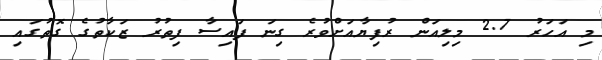
މި އަހަރު 2.7 މިލިއަން ރުފިޔާއަށްވުރެ ގިނަ ފައިސާ ފިތުރު ޒަކާތުގެ ގޮތުގައި